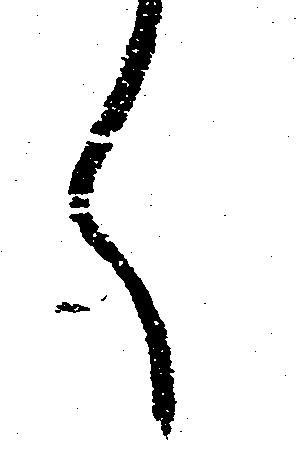
く